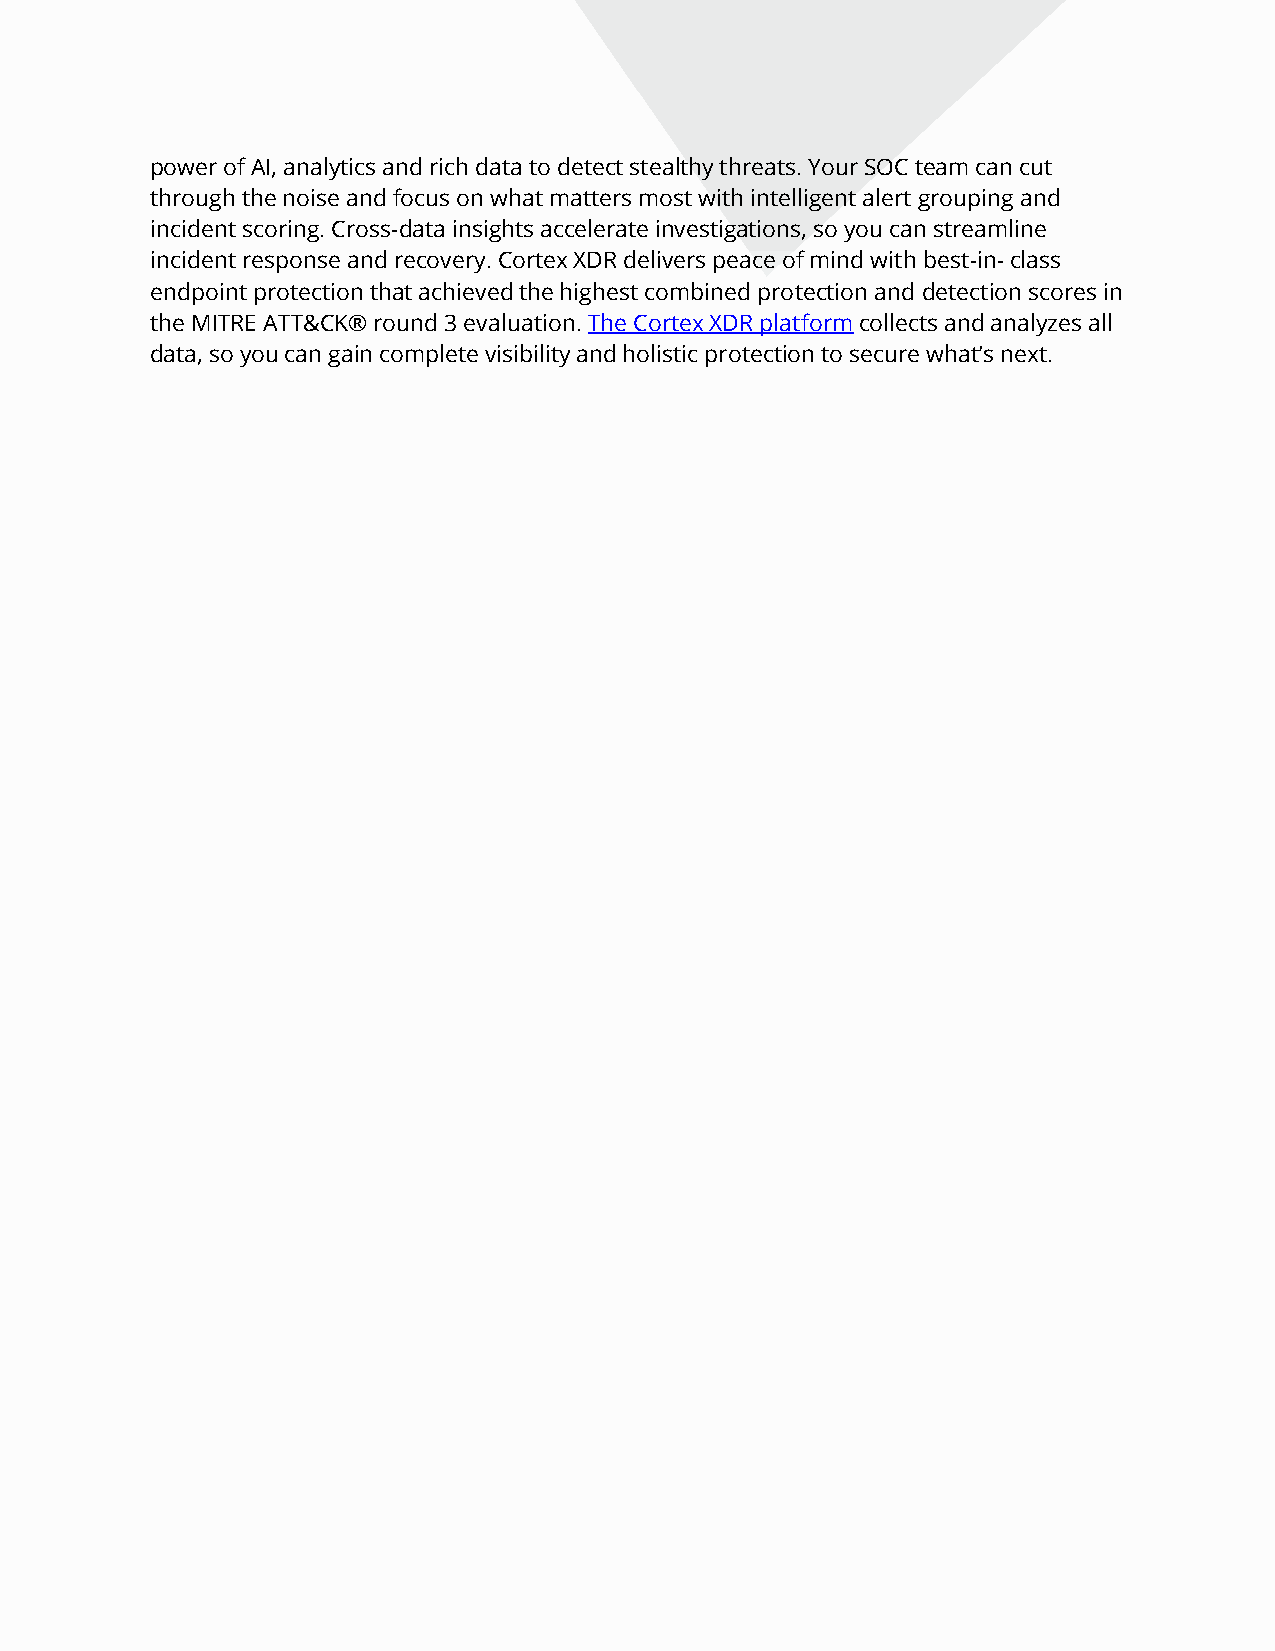
power of AI, analytics and rich data to detect stealthy threats. Your SOC team can cut
 through the noise and focus on what matters most with intelligent alert grouping and
 incident scoring. Cross-data insights accelerate investigations, so you can streamline
 incident response and recovery. Cortex XDR delivers peace of mind with best-in- class
 endpoint protection that achieved the highest combined protection and detection scores in
 the MITRE ATT&CK® round 3 evaluation. The Cortex XDR platform collects and analyzes all
 data, so you can gain complete visibility and holistic protection to secure what’s next.